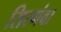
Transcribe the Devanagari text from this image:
सिरगंवा